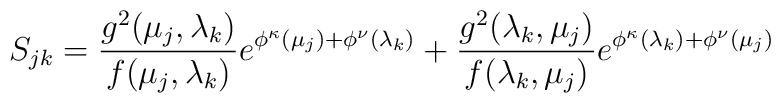
S_{jk}=\frac{g^2(\mu_j,\lambda_k)}{f(\mu_j,\lambda_k)}e^{\phi^{\kappa}(\mu_j)+\phi^{\nu}(\lambda_k)}+\frac{g^2(\lambda_k,\mu_j)}{f(\lambda_k,\mu_j)}e^{\phi^{\kappa}(\lambda_k)+\phi^{\nu}(\mu_j)}